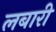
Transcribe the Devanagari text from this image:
लबारी